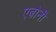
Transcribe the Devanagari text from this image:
एबोनी